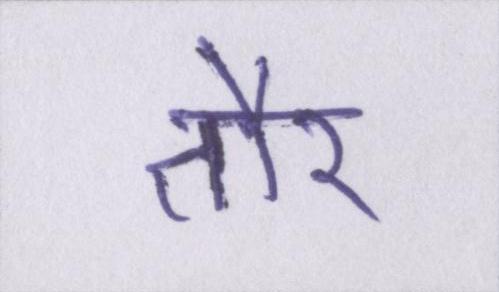
तौर